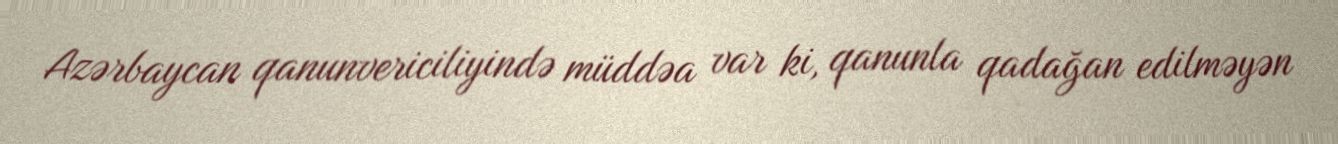
Azərbaycan qanunvericiliyində müddəa var ki, qanunla qadağan edilməyən